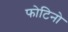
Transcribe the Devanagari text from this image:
फोटिनो